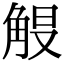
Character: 𮗭